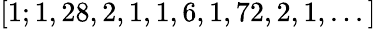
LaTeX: [1;1,28,2,1,1,6,1,72,2,1,...]